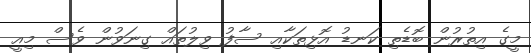
މީގެ އިތުރުން ބޮޑެތި ކަނޑު އޮޅިތަކާއި ސާފު ވިލުތައް ގިނަވުން ވެސް މިއީ